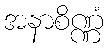
အနာစိဏ္ဏံ